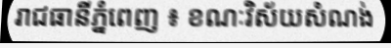
រាជធានីភ្នំពេញ ៖ ខណៈវិស័យសំណង់